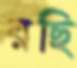
রছি